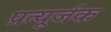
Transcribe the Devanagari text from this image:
प्रत्यूर्जक